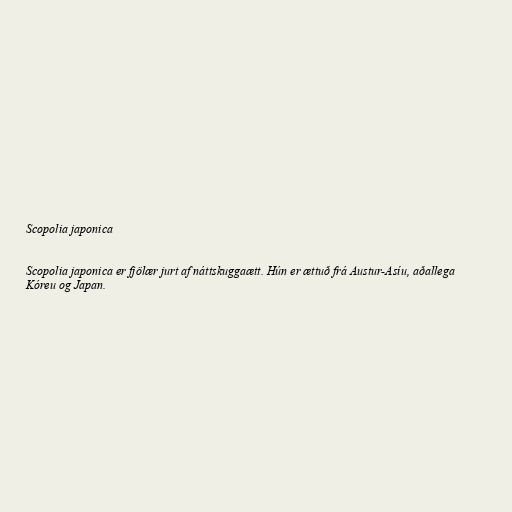
Scopolia japonica

Scopolia japonica er fjölær jurt af náttskuggaætt. Hún er ættuð frá Austur-Asíu, aðallega
Kóreu og Japan.